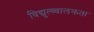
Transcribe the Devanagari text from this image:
विद्युत्च्चालकता